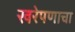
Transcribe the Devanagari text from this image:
खरेपणाचा